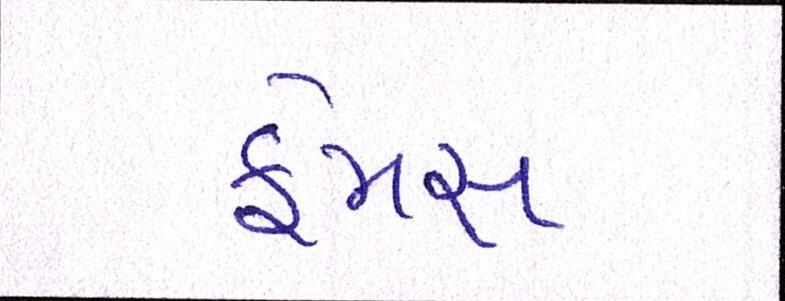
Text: ફેમસ